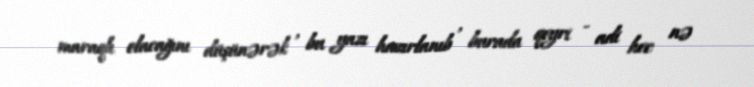
maraqlı olacağını düşünərək , bu yazı hazırlanıb , burada qeyri - adi hec nə